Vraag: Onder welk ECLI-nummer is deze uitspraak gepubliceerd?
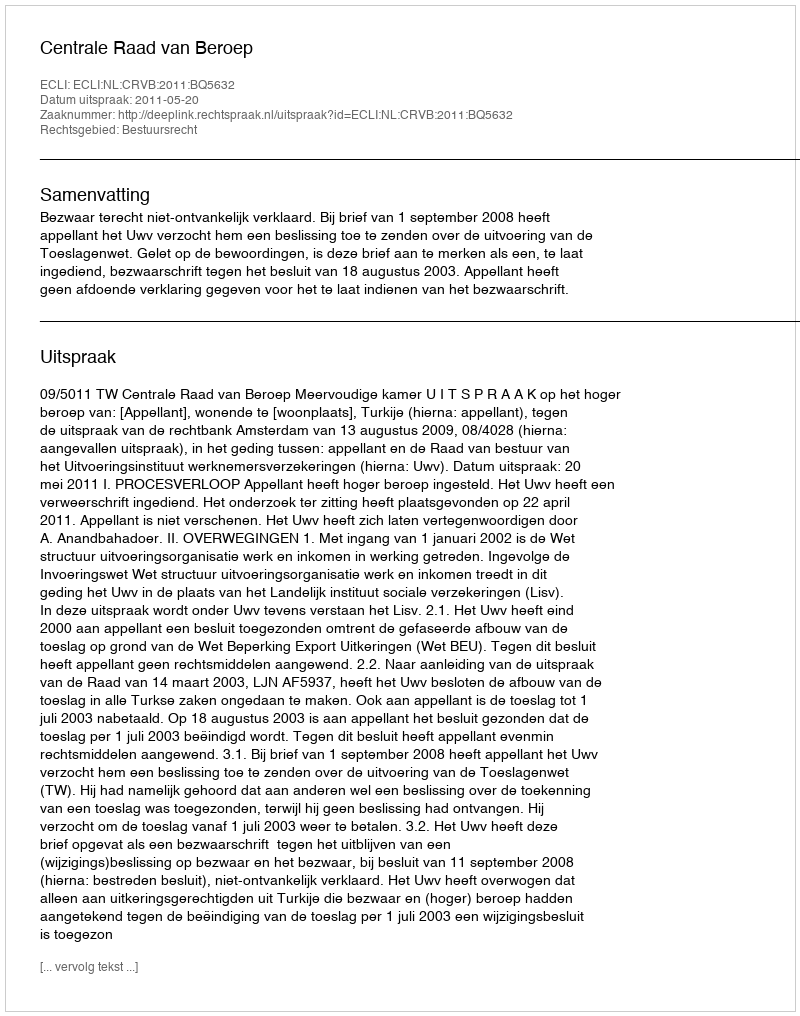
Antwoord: ECLI:NL:CRVB:2011:BQ5632